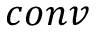
c o n v